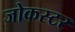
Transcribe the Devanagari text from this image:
जोकस्टर